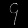
Digit: ၄